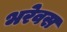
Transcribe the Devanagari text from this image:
भरेवस